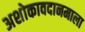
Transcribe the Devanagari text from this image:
अशोकावदानमाला